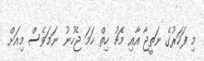
މި ފަހަރުގެ ނަތީޖާ އާއި މެޗު ހިތް ހަމަ ޖެހުނު ނަމަވެސް މިއަށް